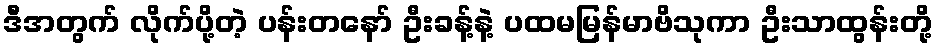
ဒီအတွက် လိုက်ပို့တဲ့ ပန်းတနော် ဦးခန့်နဲ့ ပထမမြန်မာဗိသုကာ ဦးသာထွန်းတို့